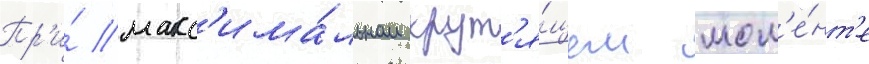
Пр'и́ макс'има́льном крут'я́щем мом'е́нт'е